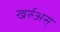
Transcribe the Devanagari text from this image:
खर्रुअस्